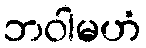
ဘဝါမဟံ